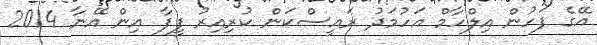
އޭގެ ފަހުން އިލްހާމް އަހުމަދު ރައީސްކަން ކުރިއިރު ފީފާ އިން އޭނާ 2014